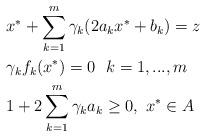
LaTeX: \begin{align*} &x^{*}+\sum\limits_{k=1}^m\gamma_k(2a_{k}x^{*}+b_{k})=z\ \ \\ &\gamma_kf_k(x^*)=0\ \ k=1,...,m \ \ \\ &1+2\sum\limits_{k=1}^m\gamma_k a_k\ge0,\ x^{*}\in A \ \ \end{align*}